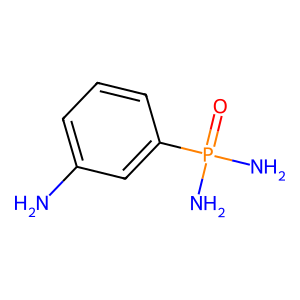
SMILES: Nc1cccc(P(N)(N)=O)c1
Inhibits HIV replication: No